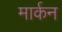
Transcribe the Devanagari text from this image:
मार्कन